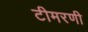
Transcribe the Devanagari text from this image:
टीमरणी